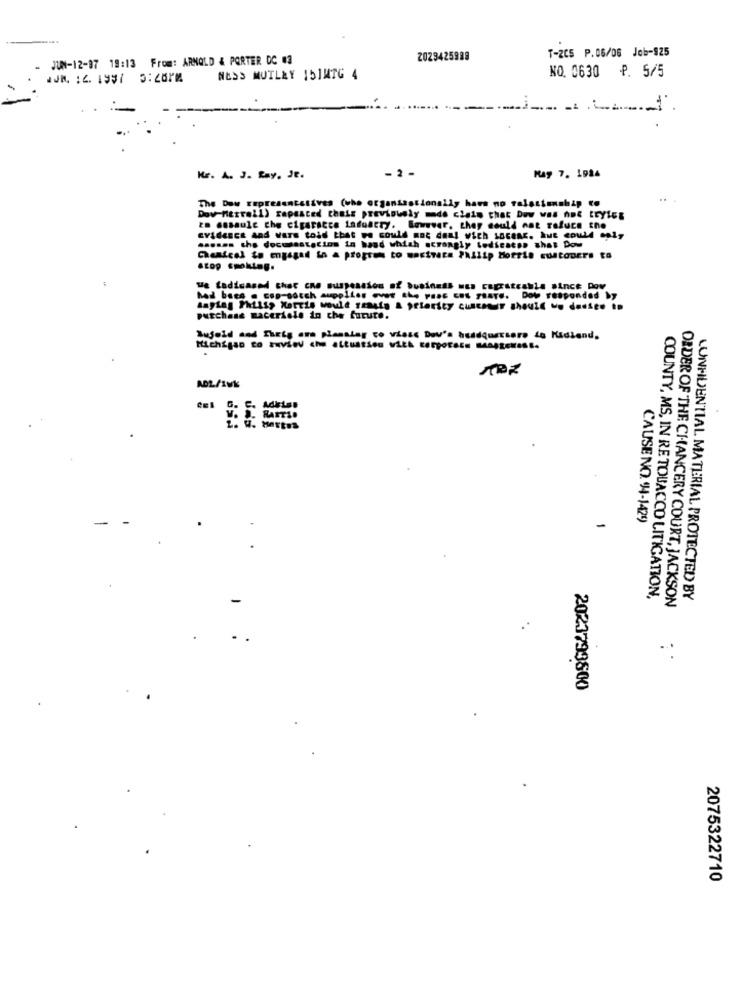
T-205 P.06/06 Job-925
JUN-12-97 19:13 From: ARNOLD & PORTER DC 03
20Z3425988
NO. 0630 ₱. 5/5
NESS MUTLEY 151MTG 4
Kr. A. J. Ray, Je.
- 2 -
May 7. 1984
The Dow representatives (who organisationally haws no ralastonship to
Dov-Merrell) rapasced thale previously mde ciais that Dow was not tryles
zo masaule the cigarscce ladoatry. Sowever, they could not rafuce sno
EVidence And Wars toid that we could not daal wich LnGenK. Aut could only
.soses the docsstation in hand which acrongly todicaces that Dow
Chemical to engaged in a propres to moctrace Philip Morris customers to
we Ladicased chat cne suspension of business mus cagrstrahls since Pov
had bees . csp-socch supplies vet the Pass Et TRATE. Dow responded by
purchase maceriele in che furute.
Aufold and Theig ane planstar co visse Dev's headquarters do Kidland.
ADL/SWK
CAUSE NO. 94-1429
-
COUNTY, MS, IN RE TOUACCO LITIGATION,
CONFIDENTIAL MATERIAL PROTECTED BY
ORDER OF THE CHANCERY COURT, JACKSON
.:
2023799800
2075322710